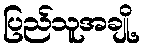
ပြည်သူအချို့